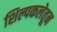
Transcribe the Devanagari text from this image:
शिल्पकलेतून